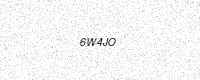
Text: 6W4JO